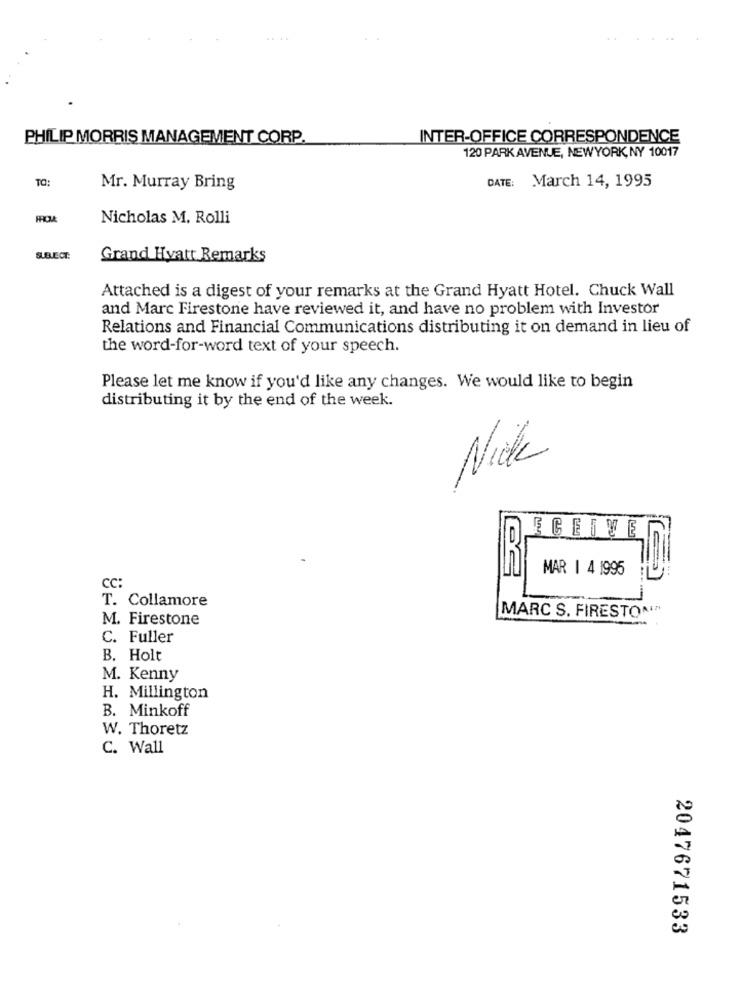
....
PHILIP MORRIS MANAGEMENT CORP.
INTER-OFFICE CORRESPONDENCE
120 PARK AVENUE, NEWYORK, NY 10017
TO:
DATE: March 14, 1995
Mr. Murray Bring
Nicholas M. Rolli
SUBJECT:
Grand Hyatt Remarks
Attached is a digest of your remarks at the Grand Hyatt Hotel. Chuck Wall
and Marc Firestone have reviewed it, and have no problem with Investor
Relations and Financial Communications distributing it on demand in lieu of
the word-for-word text of your speech.
Please let me know if you'd like any changes. We would like to begin
distributing it by the end of the week.
ECEIVE
MAR 1 4 1995
CC:
T. Collamore
M. Firestone
MARC S. FIRESTON"
C. Fuller
B. Holt
M. Kenny
H. Millington
B. Minkoff
W. Thoretz
C. Wall
2047671533